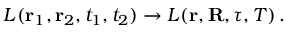
L ( \mathbf { r } _ { 1 } , \mathbf { r } _ { 2 } , t _ { 1 } , t _ { 2 } ) \rightarrow L ( \mathbf { r } , \mathbf { R } , \tau , T ) \, .